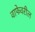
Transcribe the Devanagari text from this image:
वाफेवरील